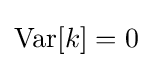
\operatorname {Var} [k]=0